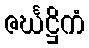
ဇင်္ဃဋ္ဌိကံ